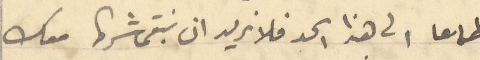
طامعا الى هذا الحد فلا نريد ان نبقى شرط معك